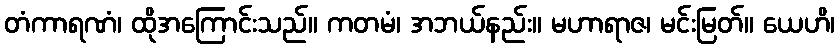
တံကာရဏံ၊ ထိုအကြောင်းသည်။ ကတမံ၊ အဘယ်နည်း။ မဟာရာဇ၊ မင်းမြတ်။ ယေဟိ၊